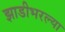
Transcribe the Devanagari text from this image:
झाडीभरल्या